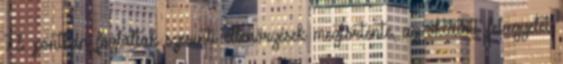
7.3. pontban foglaltak szerinti ellenõrzések megtörténte, az oktatott felügyelet